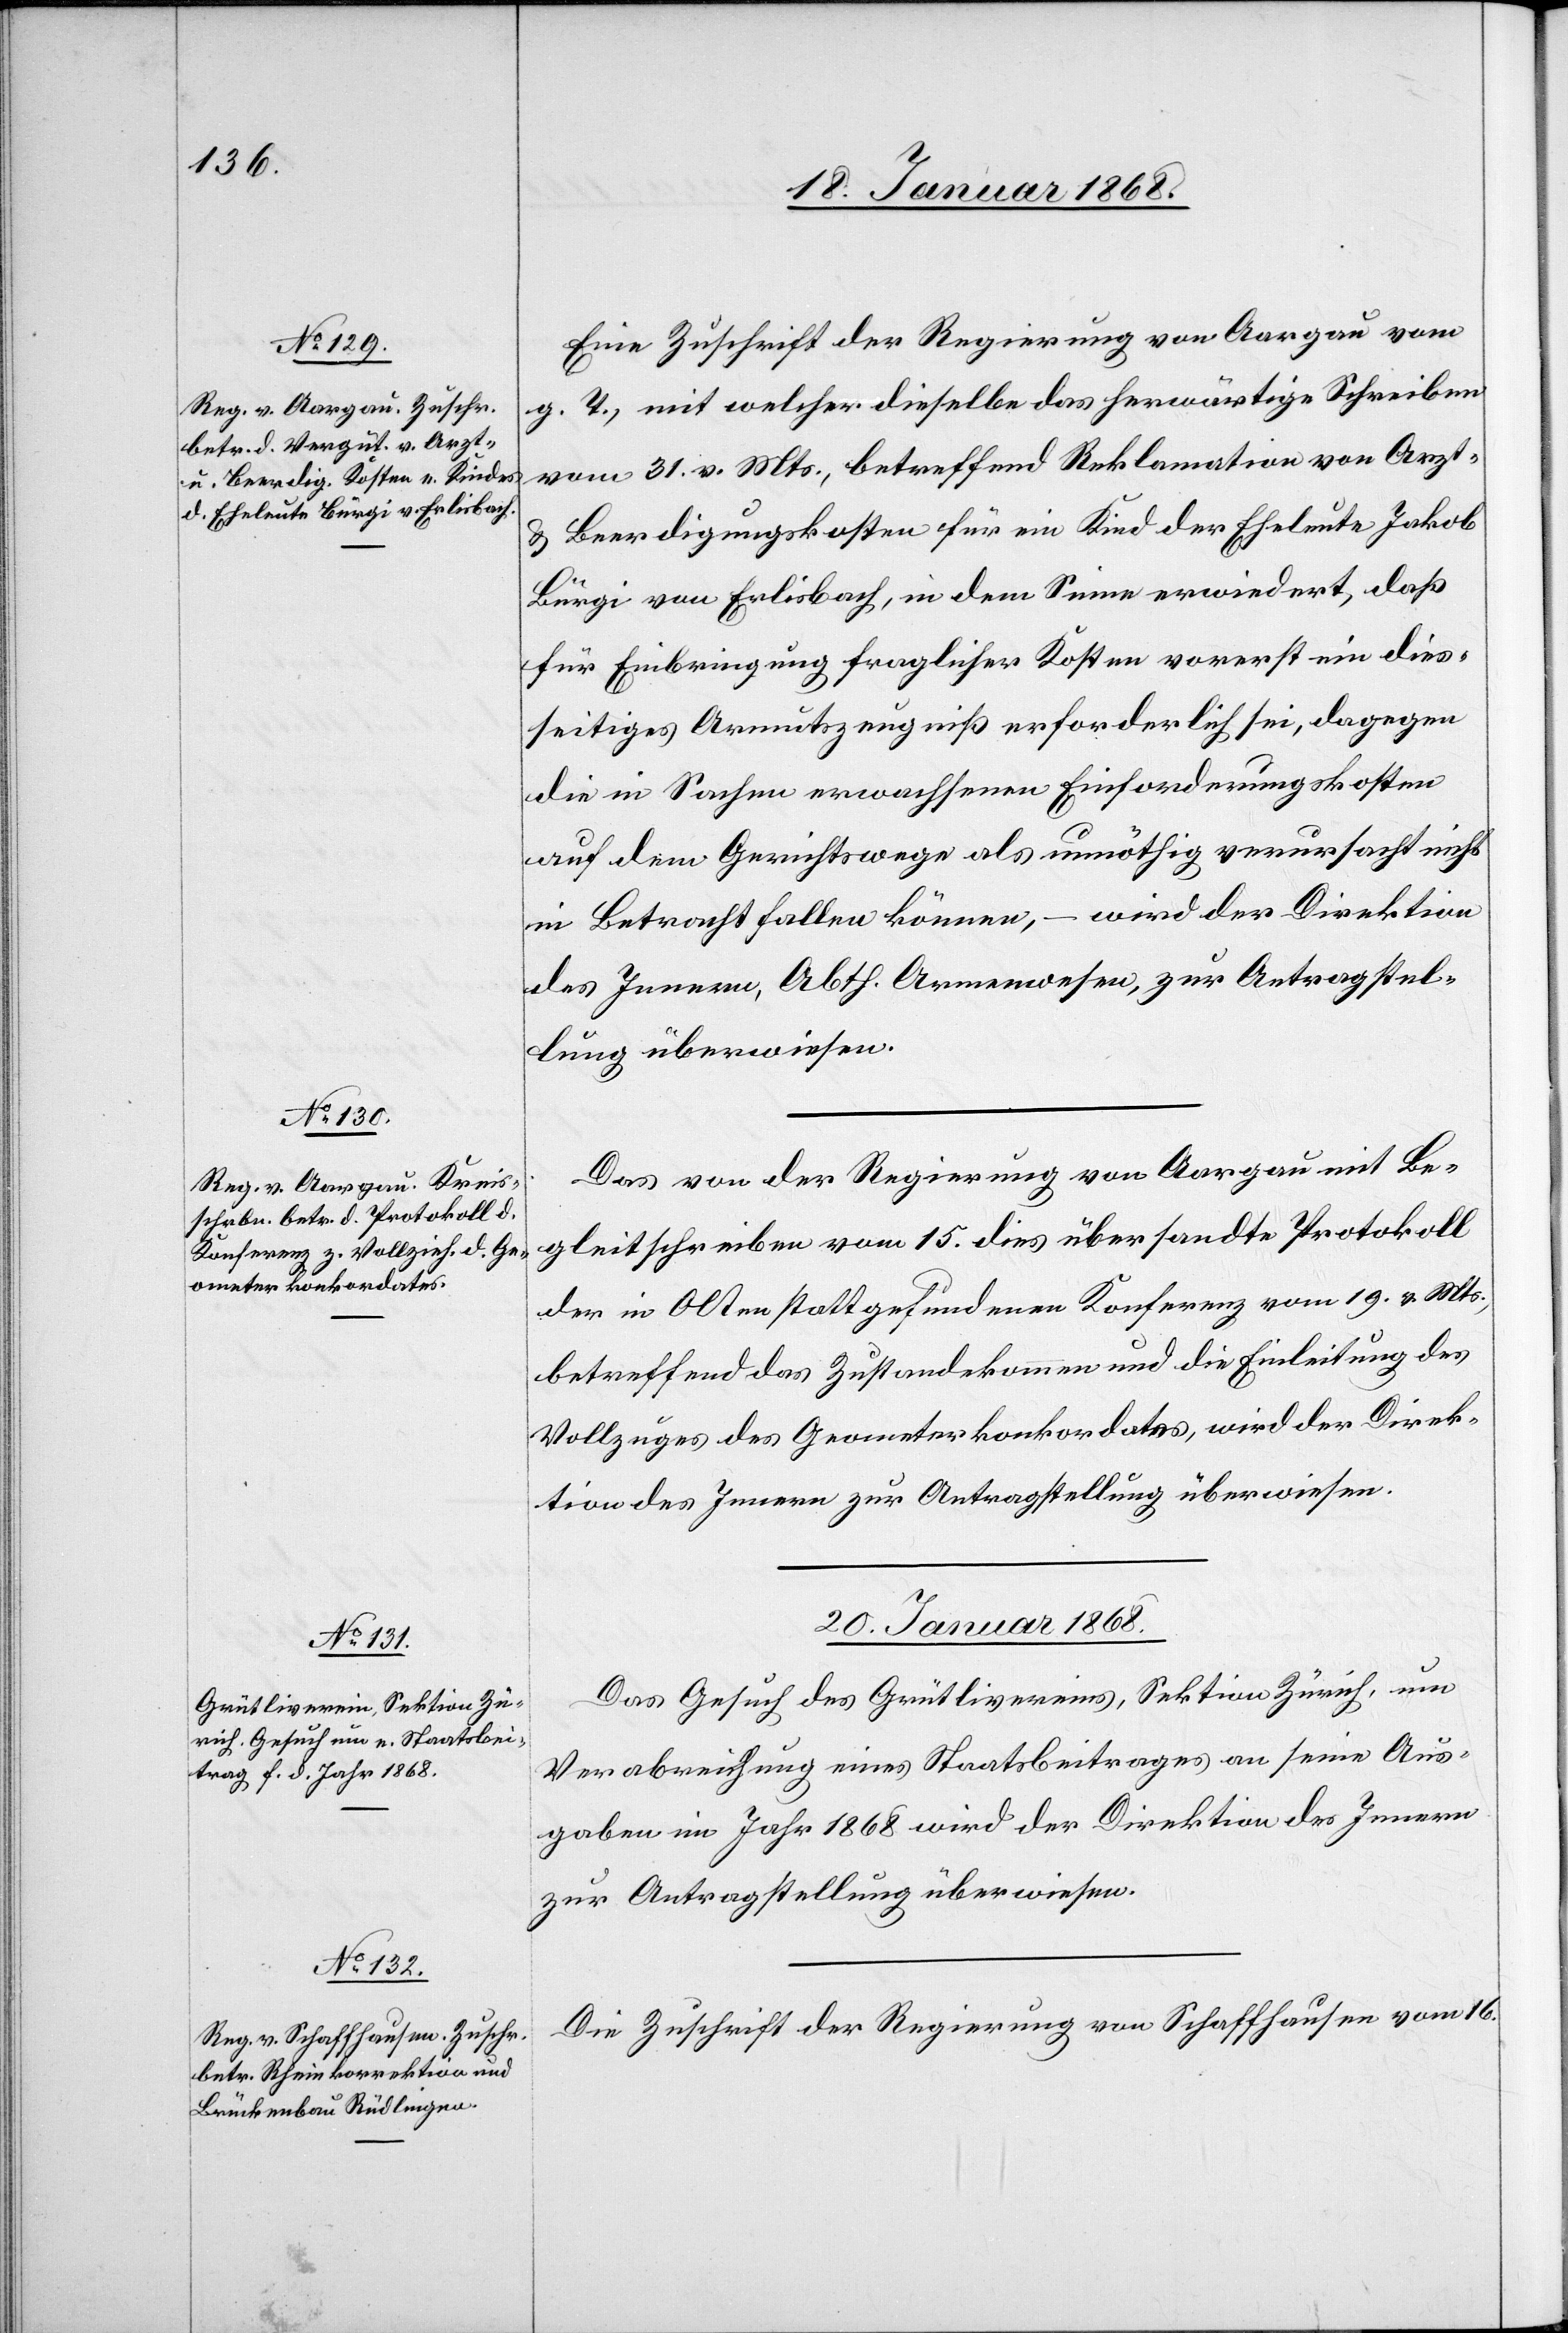
18. Januar 1868.]
Eine Zuschrift der Regierung von Aargau vom
g. T., mit welcher dieselbe das herwärtige Schreiben
vom 31. v. Mts., betreffend Reklamation von Arzt-
Beerdigungskosten für ein Kind der Eheleute Jakob
Bürgi von Erlisbach, in dem Sinne erwiedert, daß
für Einbringung fraglicher Kosten vorerst ein dies¬
seitiges Armutszeugniß erforderlich sei, dagegen
die in Sachen erwachsenen Einforderungskosten
auf dem Gerichtswege als unnöthig verursacht nicht
in Betracht fallen können, – wird der Direktion
des Innern, Abth. Armenwesen, zur Antragstel¬
lung überwiesen.
Das von der Regierung von Aargau mit Be¬
gleitschreiben vom 15. dies übersandte Protokoll
der in Olten stattgefundenen Konferenz vom 19. v. Mts.,
betreffend das Zustandekommen und die Einleitung des
Vollzuges des Geometerkonkordates, wird der Direk¬
tion des Innern zur Antragstellung überwiesen.
20. Januar 1868.]
Das Gesuch des Grütlivereins, Sektion Zürich, um
Verabreichung eines Staatsbeitrages an seine Aus¬
gaben im Jahr 1868 wird der Direktion des Innern
zur Antragstellung überwiesen.
Die Zuschrift der Regierung von Schaffhausen vom 16.